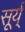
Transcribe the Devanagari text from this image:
सूर्य्